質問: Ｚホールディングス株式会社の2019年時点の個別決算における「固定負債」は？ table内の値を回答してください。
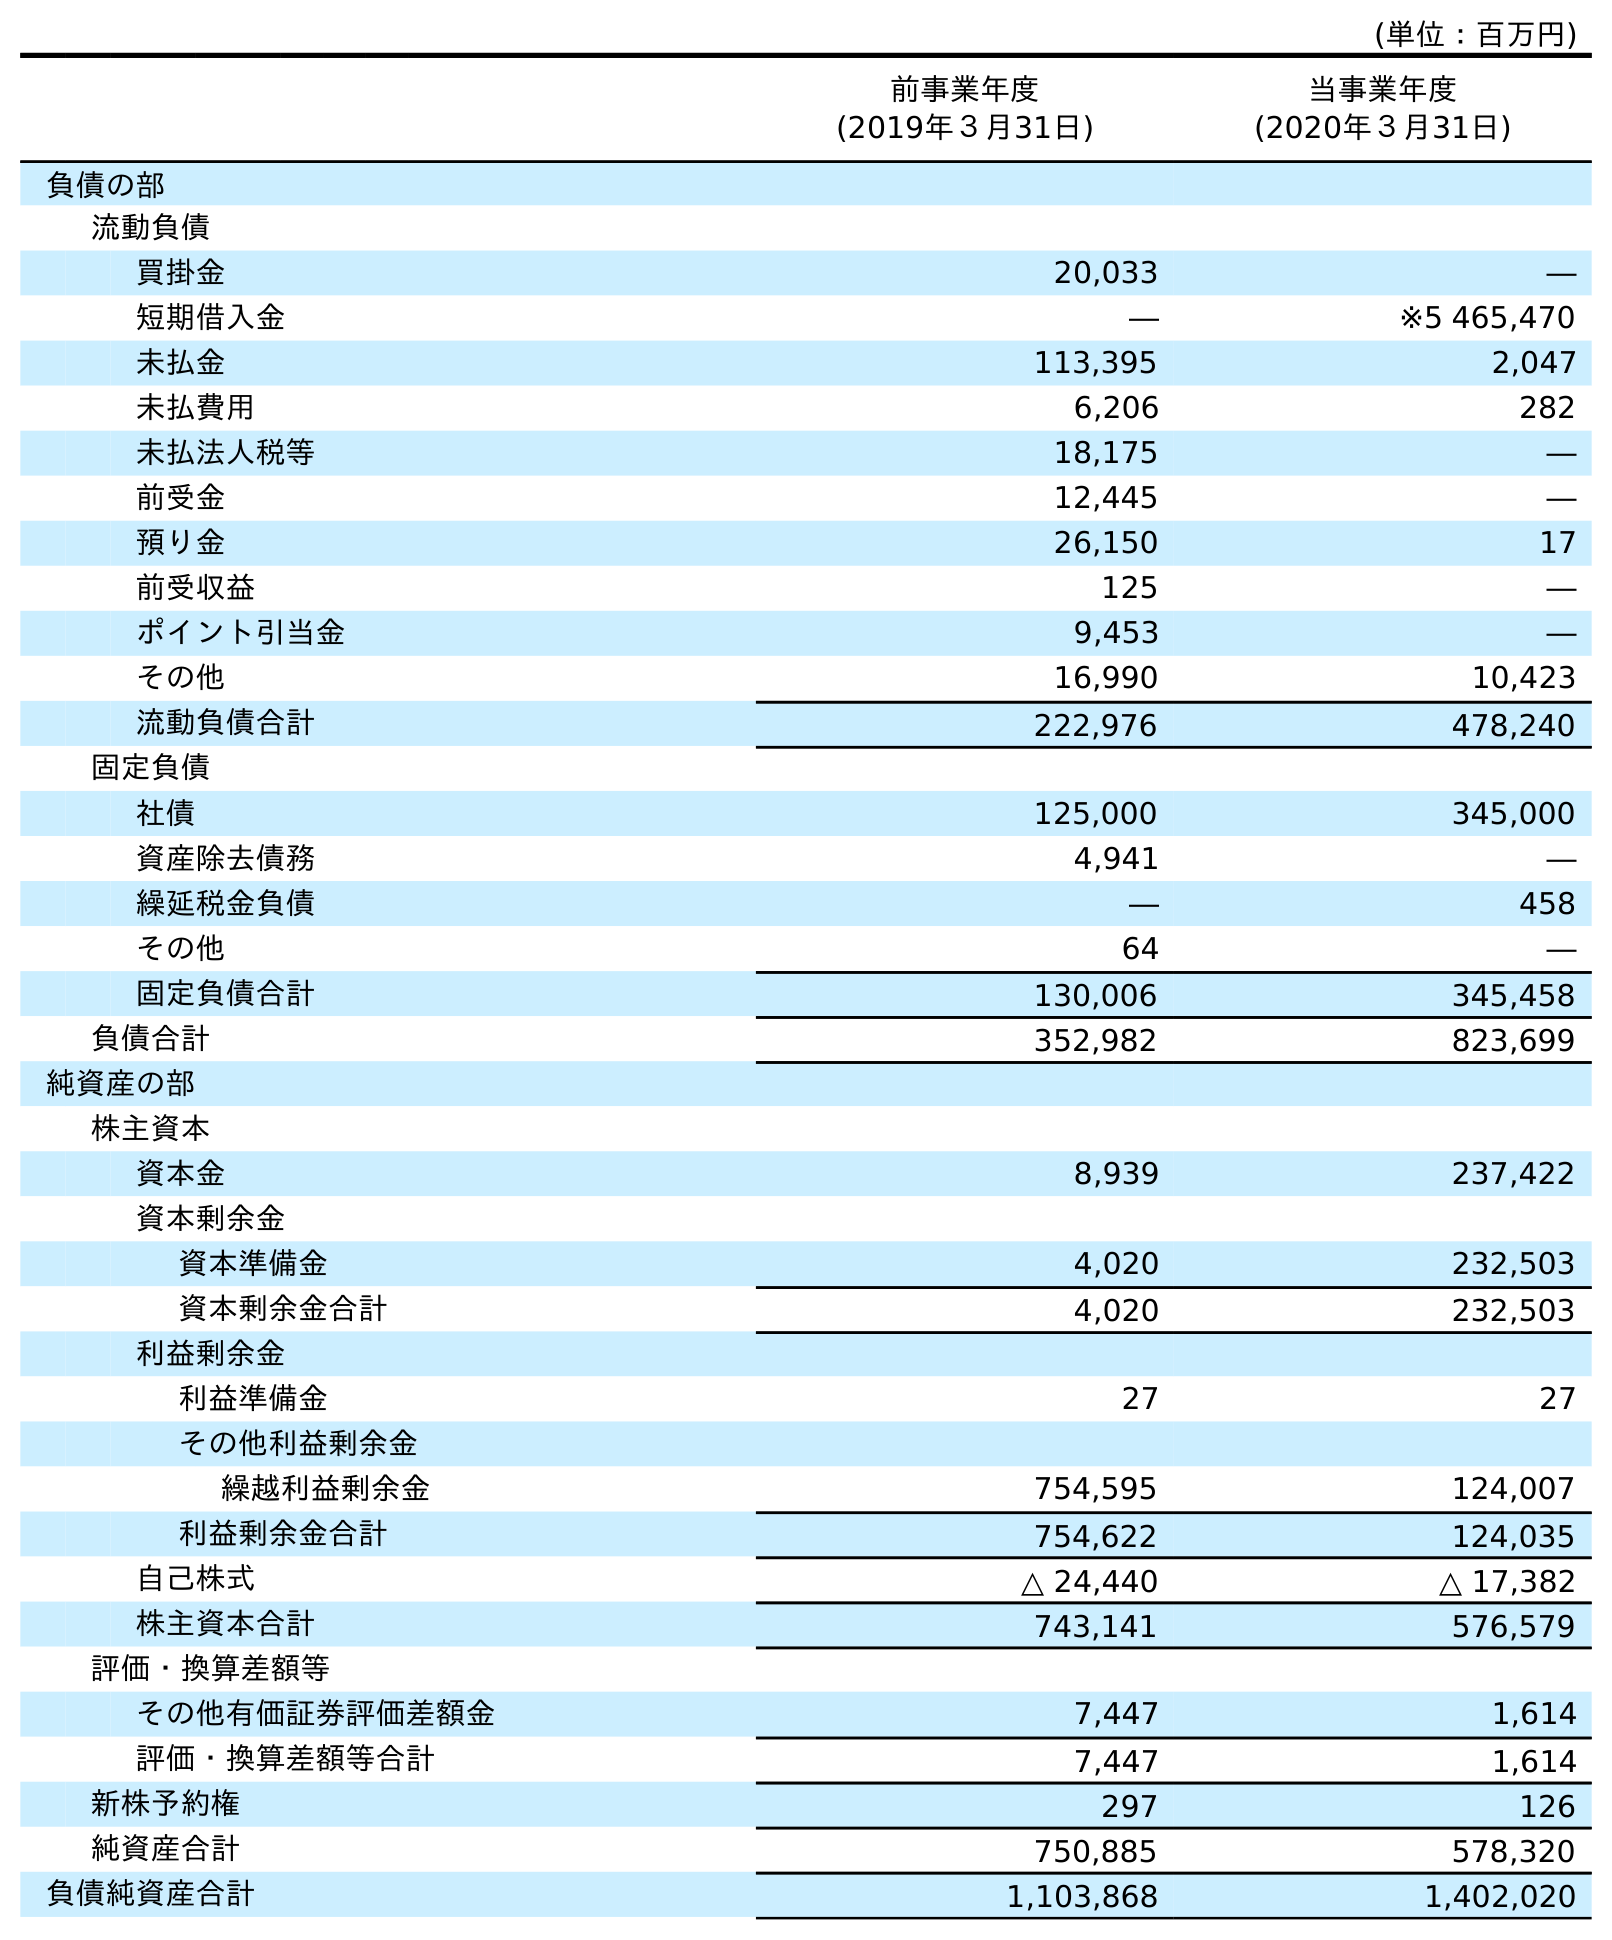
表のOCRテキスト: (単位：百万円) 前事業年度 (2019年３月31日) 当事業年度 (2020年３月31日) 負債の部 流動負債 買掛金 20,033 ― 短期借入金 ― ※5 465,470 未払金 113,395 2,047 未払費用 6,206 282 未払法人税等 18,175 ― 前受金 12,445 ― 預り金 26,150 17 前受収益 125 ― ポイント引当金 9,453 ― その他 16,990 10,423 流動負債合計 222,976 478,240 固定負債 社債 125,000 345,000 資産除去債務 4,941 ― 繰延税金負債 ― 458 その他 64 ― 固定負債合計 130,006 345,458 負債合計 352,982 823,699 純資産の部 株主資本 資本金 8,939 237,422 資本剰余金 資本準備金 4,020 232,503 資本剰余金合計 4,020 232,503 利益剰余金 利益準備金 27 27 その他利益剰余金 繰越利益剰余金 754,595 124,007 利益剰余金合計 754,622 124,035 自己株式 △ 24,440 △ 17,382 株主資本合計 743,141 576,579 評価・換算差額等 その他有価証券評価差額金 7,447 1,614 評価・換算差額等合計 7,447 1,614 新株予約権 297 126 純資産合計 750,885 578,320 負債純資産合計 1,103,868 1,402,020
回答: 130,006